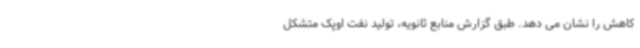
کاهش را نشان می دهد. طبق گزارش منابع ثانویه، تولید نفت اوپک متشکل